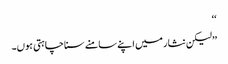
‘‘
’’لیکن نثار میں اپنے سامنے سنا چاہتی ہوں۔